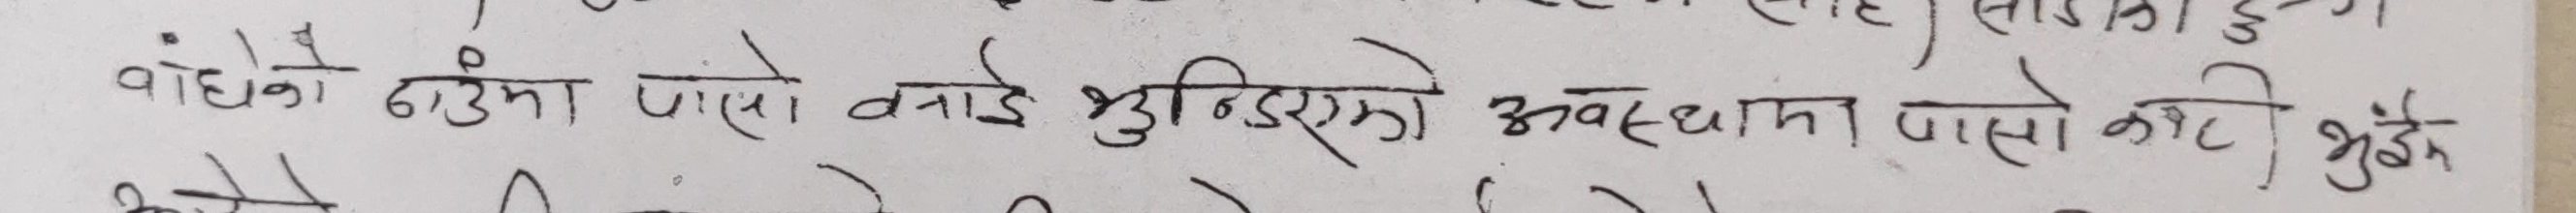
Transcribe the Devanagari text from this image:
वाँधेको ठाउँमा पालो बनाई भुन्डिएको अवस्थामा पालो कटी भुईमा झरेन